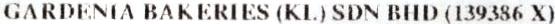
GARDENIA BAKERIES (KL) SDN BHD (139386 X)